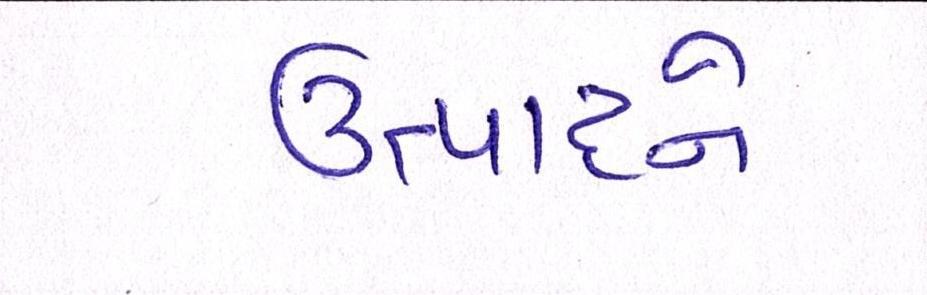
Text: ઉત્પાદને